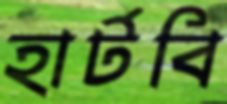
হার্টবি